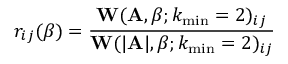
r _ { i j } ( \beta ) = \frac { \mathbf { W } ( \mathbf { A } , \beta ; k _ { \operatorname* { m i n } } = 2 ) _ { i j } } { \mathbf { W } ( | \mathbf { A } | , \beta ; k _ { \operatorname* { m i n } } = 2 ) _ { i j } }